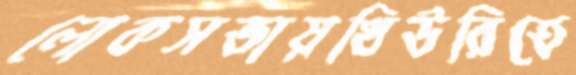
লোকসভায়থিউরিতে